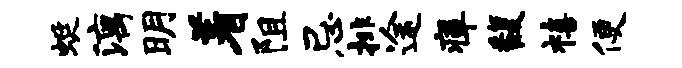
蜓漓明着阻忌排途瘴馥禧便